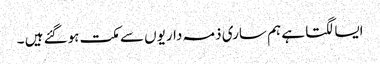
ایسا لگتا ہے ہم ساری ذمہ داریوں سے مکت ہوگئے ہیں ۔